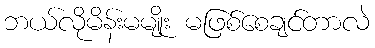
ဘယ်လိုမိန်းမမျိုး မဖြစ်စေချင်တာလဲ